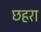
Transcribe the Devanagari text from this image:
छहरा